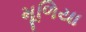
મૂળિયા